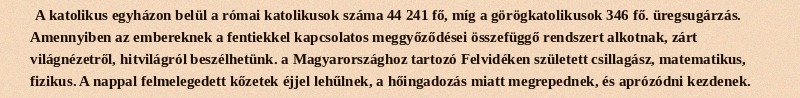
A katolikus egyházon belül a római katolikusok száma 44 241 fő, míg a görögkatolikusok 346 fő. üregsugárzás. Amennyiben az embereknek a fentiekkel kapcsolatos meggyőződései összefüggő rendszert alkotnak, zárt világnézetről, hitvilágról beszélhetünk. a Magyarországhoz tartozó Felvidéken született csillagász, matematikus, fizikus. A nappal felmelegedett kőzetek éjjel lehűlnek, a hőingadozás miatt megrepednek, és aprózódni kezdenek.